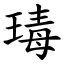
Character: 瑇